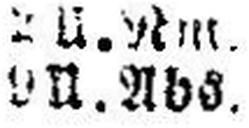
9 II. Abs